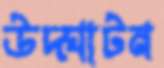
উদ্‌ঘাটন